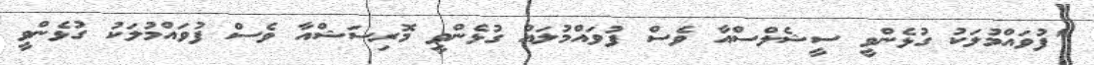
"ފުވައްމުލަކު ގުޅެންވީ ސީޝެލްސްއާ ވެސް ފުވައްމުލައް ގުޅެންވީ މޮރިސަޝްއާ ވެސް ފުވައްމުލަކު ގުޅެންވީ